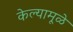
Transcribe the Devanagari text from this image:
केल्यामूळे